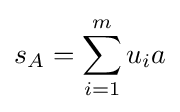
s_{A}=\sum _{i=1}^{m}u_{i}a